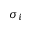
\sigma _ { i }